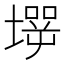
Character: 𡑇